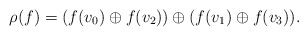
\begin{align*}\rho(f) = (f(v_{0}) \oplus f(v_{2}) ) \oplus (f(v_{1}) \oplus f(v_{3})) . \end{align*}